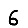
Digit: 6